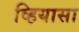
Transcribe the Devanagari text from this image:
व्हियासा